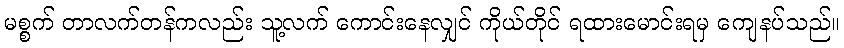
မစ္စက် တာလက်တန်ကလည်း သူ့လက် ကောင်းနေလျှင် ကိုယ်တိုင် ရထားမောင်းရမှ ကျေနပ်သည်။